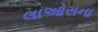
લાઓસના